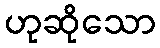
ဟုဆိုသော